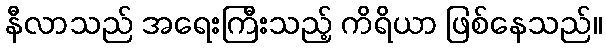
နီလာသည် အရေးကြီးသည့် ကိရိယာ ဖြစ်နေသည်။